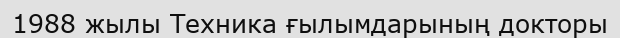
1988 жылы Техника ғылымдарының докторы